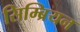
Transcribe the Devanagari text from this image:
सिम्ब्रियन